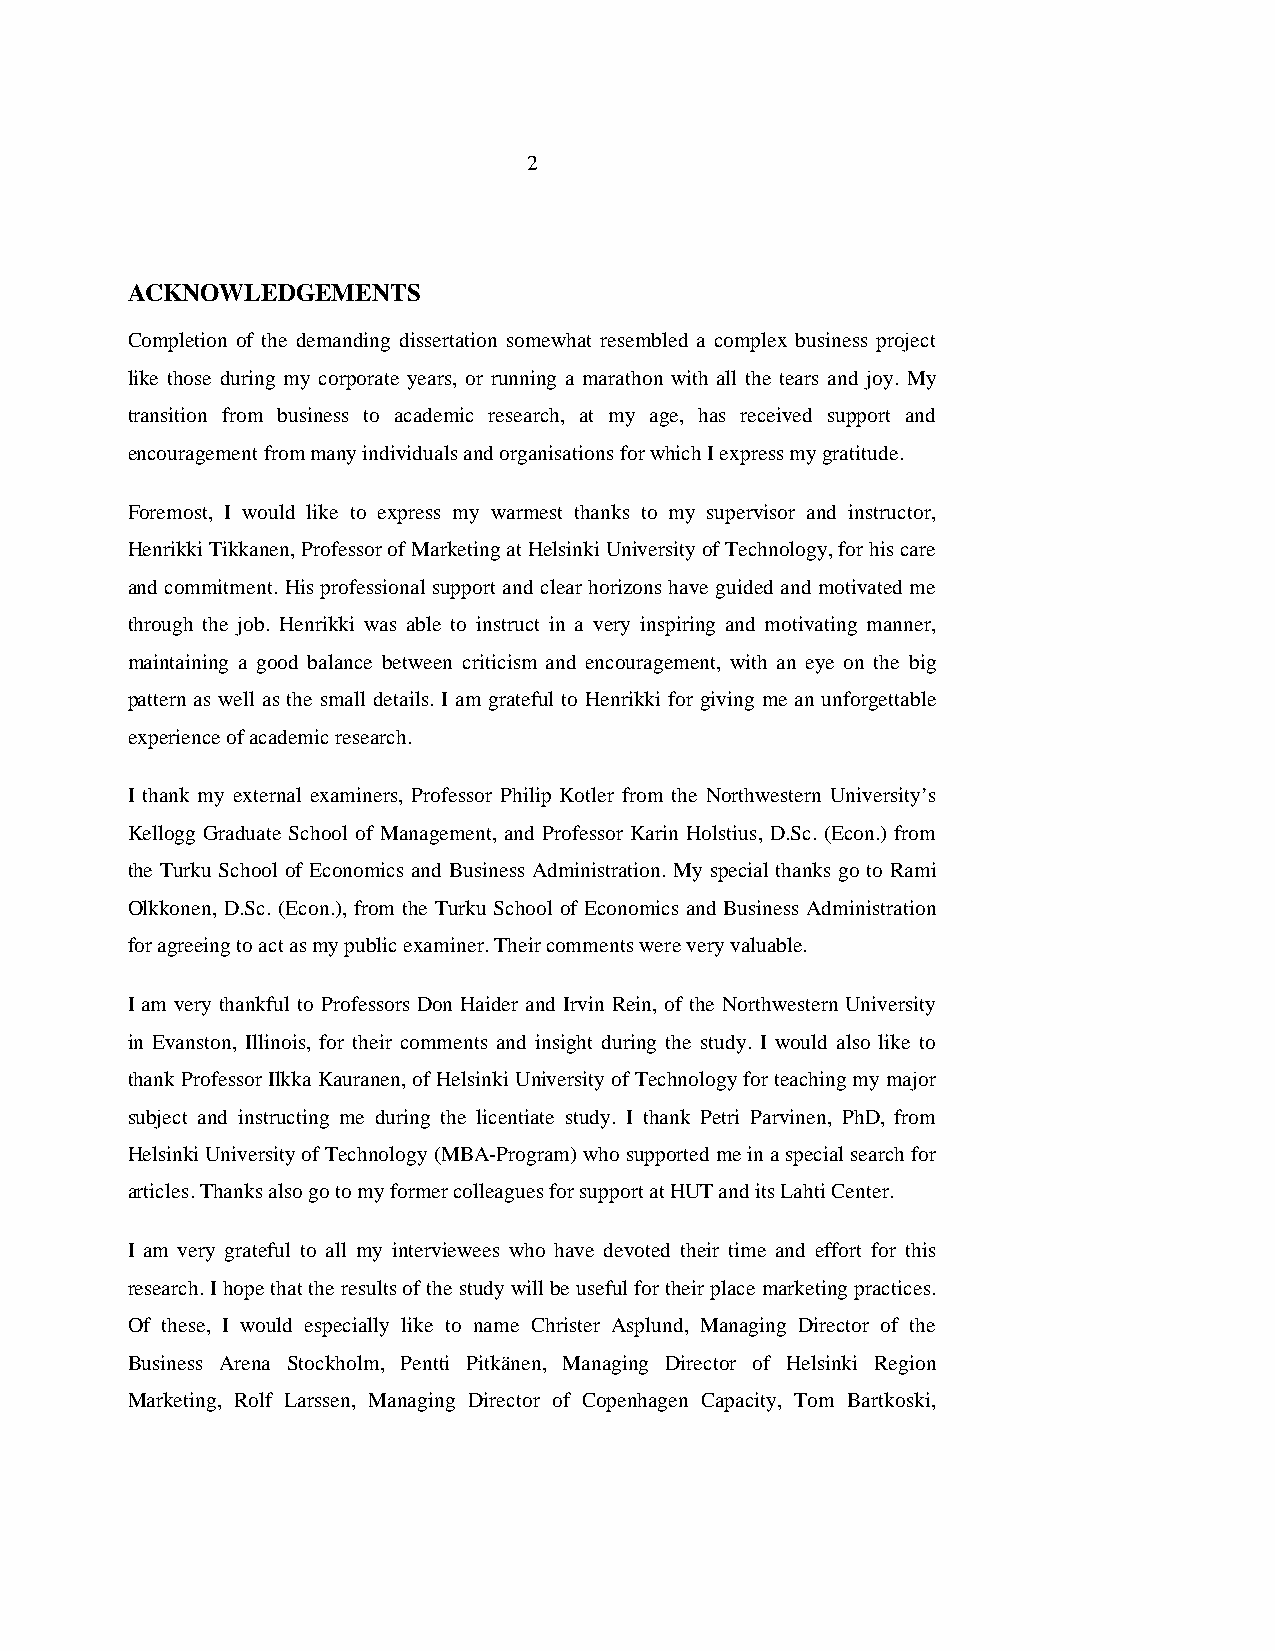
2
 ACKNOWLEDGEMENTS
 Completion of the demanding dissertation somewhat resembled a complex business project
 like those during my corporate years, or running a marathon with all the tears and joy. My
 transition from business to academic research, at my age, has received support and
 encouragement from many individuals and organisations for which I express my gratitude.
 Foremost, I would like to express my warmest thanks to my supervisor and instructor,
 Henrikki Tikkanen, Professor of Marketing at Helsinki University of Technology, for his care
 and commitment. His professional support and clear horizons have guided and motivated me
 through the job. Henrikki was able to instruct in a very inspiring and motivating manner,
 maintaining a good balance between criticism and encouragement, with an eye on the big
 pattern as well as the small details. I am grateful to Henrikki for giving me an unforgettable
 experience of academic research.
 I thank my external examiners, Professor Philip Kotler from the Northwestern University’s
 Kellogg Graduate School of Management, and Professor Karin Holstius, D.Sc. (Econ.) from
 the Turku School of Economics and Business Administration. My special thanks go to Rami
 Olkkonen, D.Sc. (Econ.), from the Turku School of Economics and Business Administration
 for agreeing to act as my public examiner. Their comments were very valuable.
 I am very thankful to Professors Don Haider and Irvin Rein, of the Northwestern University
 in Evanston, Illinois, for their comments and insight during the study. I would also like to
 thank Professor Ilkka Kauranen, of Helsinki University of Technology for teaching my major
 subject and instructing me during the licentiate study. I thank Petri Parvinen, PhD, from
 Helsinki University of Technology (MBA-Program) who supported me in a special search for
 articles. Thanks also go to my former colleagues for support at HUT and its Lahti Center.
 I am very grateful to all my interviewees who have devoted their time and effort for this
 research. I hope that the results of the study will be useful for their place marketing practices.
 Of these, I would especially like to name Christer Asplund, Managing Director of the
 Business Arena Stockholm, Pentti Pitkänen, Managing Director of Helsinki Region
 Marketing, Rolf Larssen, Managing Director of Copenhagen Capacity, Tom Bartkoski,